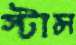
স্টান্স